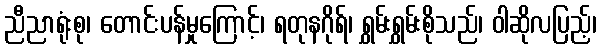
ညီညာရုံးစု၊ တောင်းပန်မှုကြောင့်၊ ရတုနဂိုရ်၊ ရွှမ်းရွှမ်းစိုသည်၊ ဝါဆိုလပြည့်၊